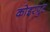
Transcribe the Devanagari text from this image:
कोइरपुट